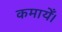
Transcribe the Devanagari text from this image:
कमायेँ।